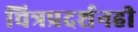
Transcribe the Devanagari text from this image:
चित्रप्रदर्शनही